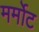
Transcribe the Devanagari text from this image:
मर्मोट